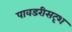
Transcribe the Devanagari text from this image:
पावडरीसदृश